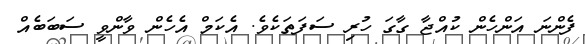
ފެންނަ އަންހެން ކުއްޖާ ގާގަ ހުރި ސަފަތަކެވެ. އެކަމް އެހެން ވާންވީ ސަބަބެއް